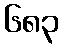
၆၈၃